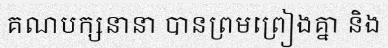
គណបក្សនានា បានព្រមព្រៀងគ្នា និង